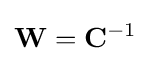
\mathbf {W} =\mathbf {C} ^{-1}